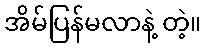
အိမ်ပြန်မလာနဲ့ တဲ့။